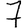
Digit: 7